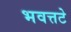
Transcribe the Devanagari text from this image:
भवत्तटे